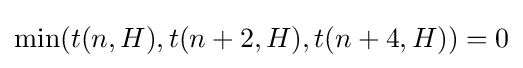
\min(t(n,H),t(n+2,H),t(n+4,H))=0